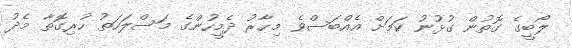
ލޯބީގެ ގޮތުން ގުޅުނު ކަމަށް އެއްބަސްވެ މިހާރު ދެމީހުންގެ މަސްލަހަތު ހުރިގޮތާ މެދު